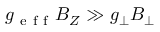
g _ { \mathrm { ~ e ~ f ~ f ~ } } B _ { Z } \gg g _ { \perp } B _ { \perp }